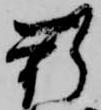
新